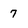
Character: 7